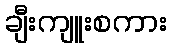
ချီးကျူးစကား